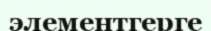
элементгерге